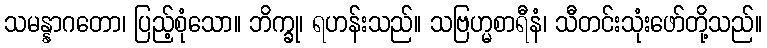
သမန္နာဂတော၊ ပြည့်စုံသော။ ဘိက္ခု၊ ရဟန်းသည်။ သဗြဟ္မစာရီနံ၊ သီတင်းသုံးဖော်တို့သည်။